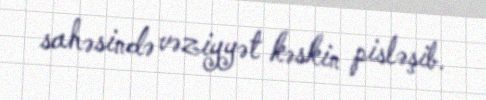
sahəsində vəziyyət kəskin pisləşib.